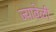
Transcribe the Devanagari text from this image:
ज्यावेळीं